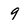
Character: 9